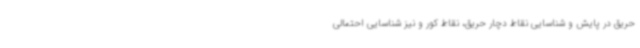
حریق در پایش و شناسایی نقاط دچار حریق، نقاط کور و نیز شناسایی احتمالی